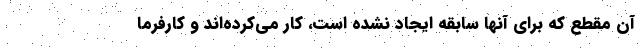
آن مقطع که برای آنها سابقه ایجاد نشده است، کار می‌کرده‌اند و کارفرما